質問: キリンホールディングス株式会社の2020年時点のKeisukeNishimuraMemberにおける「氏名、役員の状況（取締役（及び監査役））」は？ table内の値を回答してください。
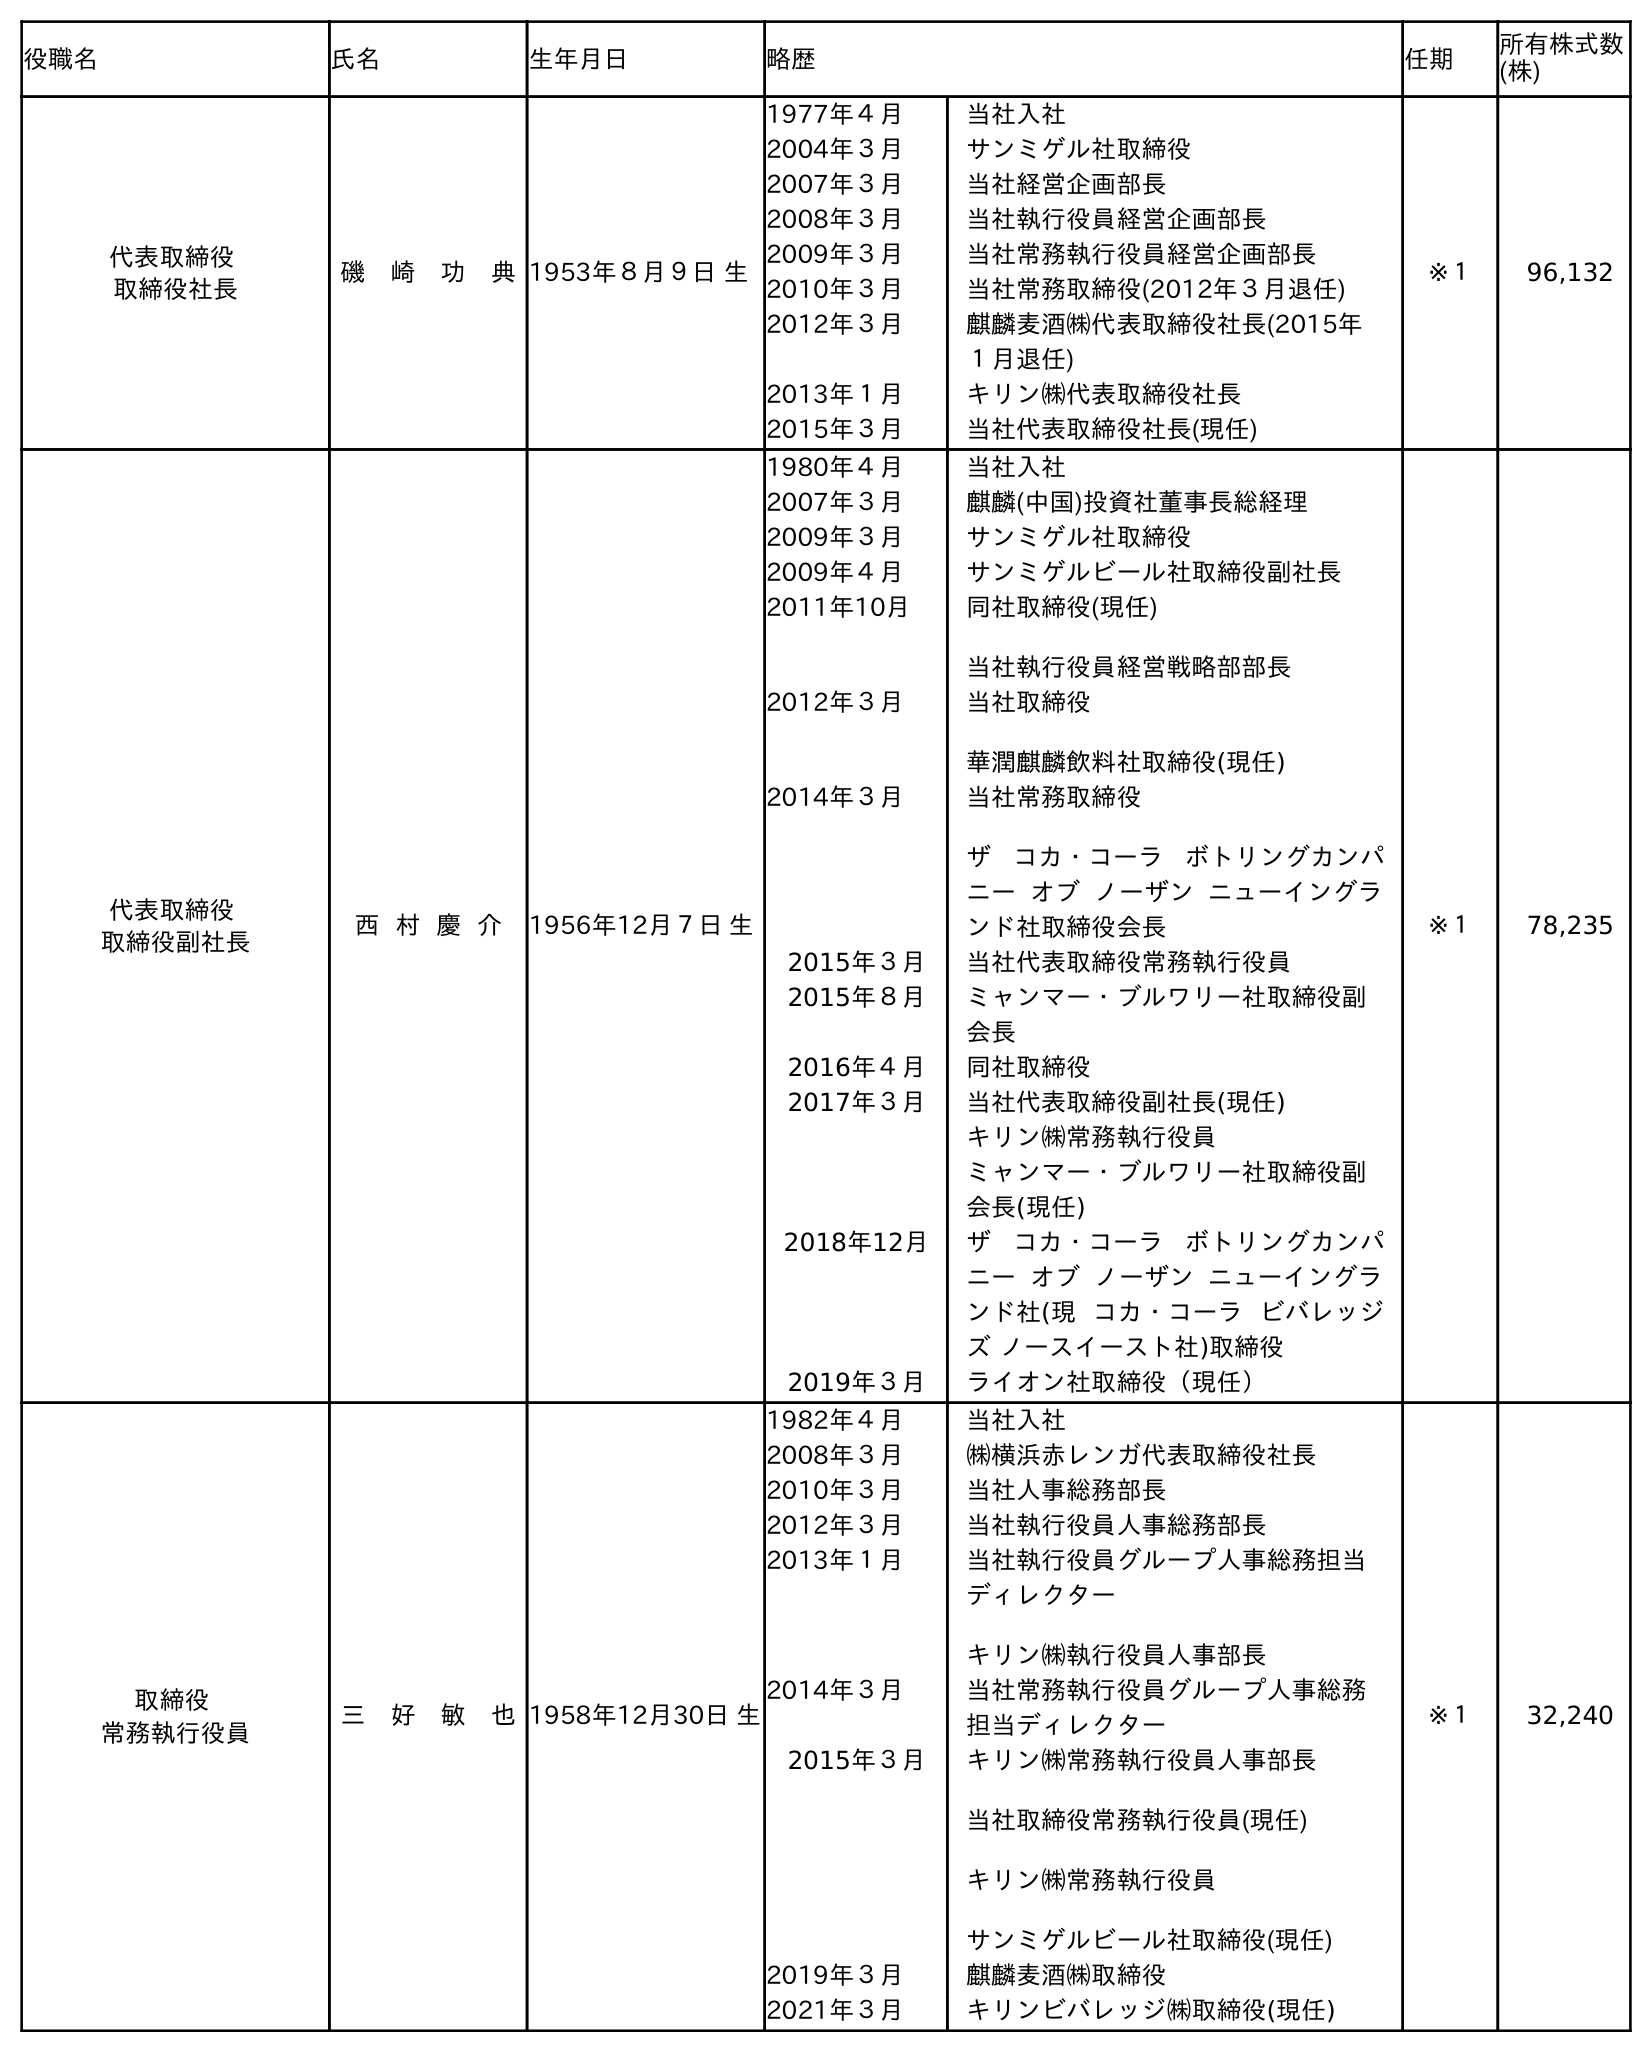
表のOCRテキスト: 役職名 氏名 生年月日 略歴 任期 所有株式数 (株) 代表取締役 取締役社長 磯 崎 功 典1953年８月９日 生 1977年４月 当社入社 2004年３月 サンミゲル社取締役 2007年３月 当社経営企画部長 2008年３月 当社執行役員経営企画部長 2009年３月 当社常務執行役員経営企画部長 2010年３月 当社常務取締役(2012年３月退任) 2012年３月 麒麟麦酒㈱代表取締役社長(2015年 １月退任) 2013年１月 キリン㈱代表取締役社長 2015年３月 当社代表取締役社長(現任) ※１ 96,132 代表取締役 取締役副社長 西 村 慶 介 1956年12月７日 生 1980年４月 当社入社 2007年３月 麒麟(中国)投資社董事長総経理 2009年３月 サンミゲル社取締役 2009年４月 サンミゲルビール社取締役副社長 2011年10月 同社取締役(現任) 当社執行役員経営戦略部部長 2012年３月 当社取締役 華潤麒麟飲料社取締役(現任) 2014年３月 当社常務取締役 ザ コカ・コーラ ボトリングカンパ ニー オブ ノーザン ニューイングラ ンド社取締役会長 2015年３月 当社代表取締役常務執行役員 2015年８月 ミャンマー・ブルワリー社取締役副 会長 2016年４月 同社取締役 2017年３月 当社代表取締役副社長(現任) キリン㈱常務執行役員 ミャンマー・ブルワリー社取締役副 会長(現任) 2018年12月 ザ コカ・コーラ ボトリングカンパ ニー オブ ノーザン ニューイングラ ンド社(現 コカ・コーラ ビバレッジ ズ ノースイースト社)取締役 2019年３月 ライオン社取締役（現任） ※１ 78,235 取締役 常務執行役員 三 好 敏 也1958年12月30日 生 1982年４月 当社入社 2008年３月 ㈱横浜赤レンガ代表取締役社長 2010年３月 当社人事総務部長 2012年３月 当社執行役員人事総務部長 2013年１月 当社執行役員グループ人事総務担当 ディレクター キリン㈱執行役員人事部長 2014年３月 当社常務執行役員グループ人事総務 担当ディレクター 2015年３月 キリン㈱常務執行役員人事部長 当社取締役常務執行役員(現任) キリン㈱常務執行役員 サンミゲルビール社取締役(現任) 2019年３月 麒麟麦酒㈱取締役 2021年３月 キリンビバレッジ㈱取締役(現任) ※１ 32,240
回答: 西村慶介